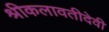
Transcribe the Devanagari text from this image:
श्रीकलावतीदेवी